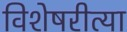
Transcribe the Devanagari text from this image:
विशेषरीत्या